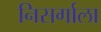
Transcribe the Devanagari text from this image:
निसर्गाला